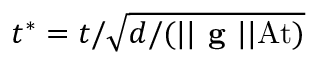
t ^ { * } = t / \sqrt { d / ( | | \textbf { g } | | \mathrm { A t } ) }